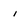
Character: i